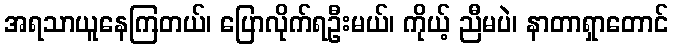
အရသာယူနေကြတယ်၊ ပြောလိုက်ရဦးမယ်၊ ကိုယ့် ညီမပဲ၊ နာတာရှာတောင်